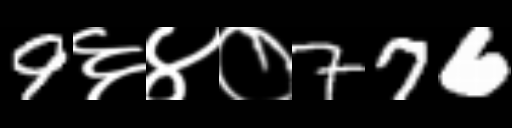
Text: 9६४०776